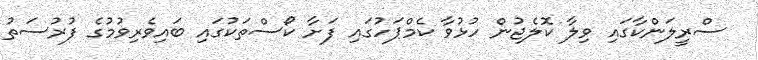
ސްރީލަންކާގައި ވިލާ ކޮލެޖުން ހުޅުވާ ކެމްޕަހުގައި ފަށާ ކޯސްތަކުގައި ބައިވެރިވުމުގެ ފުރުސަތު